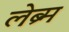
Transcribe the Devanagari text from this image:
लेब्र्म